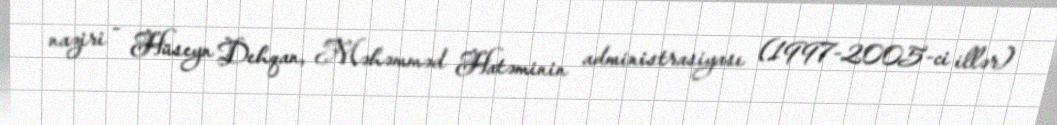
naziri - Hüseyn Dehqan, Məhəmməd Hatəminin administrasiyası (1997-2005-ci illər)